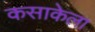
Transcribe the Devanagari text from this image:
कसाकेला